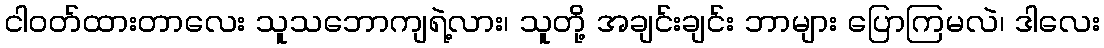
ငါဝတ်ထားတာလေး သူသဘောကျရဲ့လား၊ သူတို့ အချင်းချင်း ဘာများ ပြောကြမလဲ၊ ဒါလေး